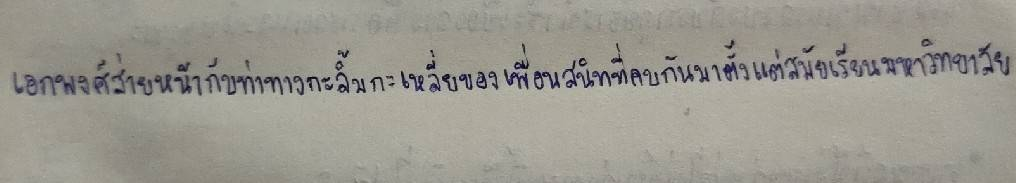
เอกพงศ์ส่ายหน้ากับท่าทางกะลิ้มกะเหลี่ยของเพื่อนสนิทที่คบกันมาตั้งแต่สมัยเรียนมหาวิทยาลัย